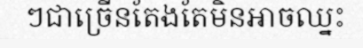
ៗជាច្រើនតែងតែមិនអាចឈ្នះ